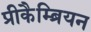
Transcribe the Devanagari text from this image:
प्रीकैम्ब्रियन